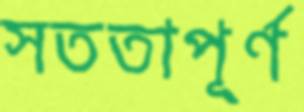
সততাপূর্ণ